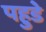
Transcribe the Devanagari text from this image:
पहुडे